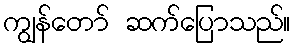
ကျွန်တော် ဆက်ပြောသည်။